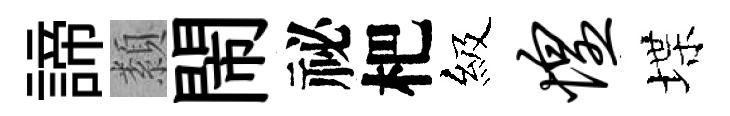
諦纇閙祕杷級惶堞